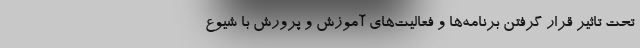
تحت تاثیر قرار گرفتن برنامه‌ها و فعالیت‌های آموزش و پرورش با شیوع